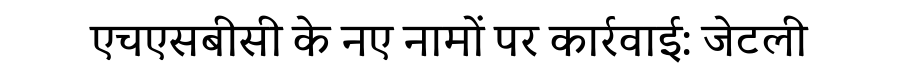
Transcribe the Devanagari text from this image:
एचएसबीसी के नए नामों पर कार्रवाई: जेटली